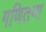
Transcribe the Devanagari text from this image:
गणितग्य